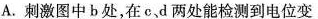
A.刺激图中b处，在c，d两处能检测到电位变